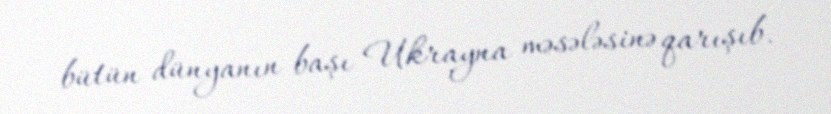
bütün dünyanın başı Ukrayna məsələsinə qarışıb.